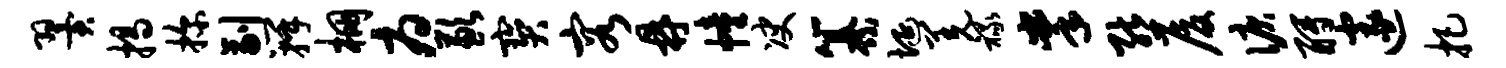
翼揭探副瓣棚府歉宝容鼎幢决纂埏羌禄掌熊厦泪酹邃把